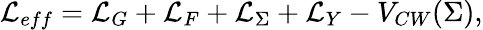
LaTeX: {\mathcal{L}}_{eff}={\mathcal{L}}_{G}+{\mathcal{L}}_{F}+{\mathcal{L}}_{\Sigma}+{\mathcal{L}}_{Y}-V_{CW}(\Sigma),